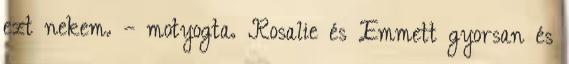
ezt nekem. – motyogta. Rosalie és Emmett gyorsan és